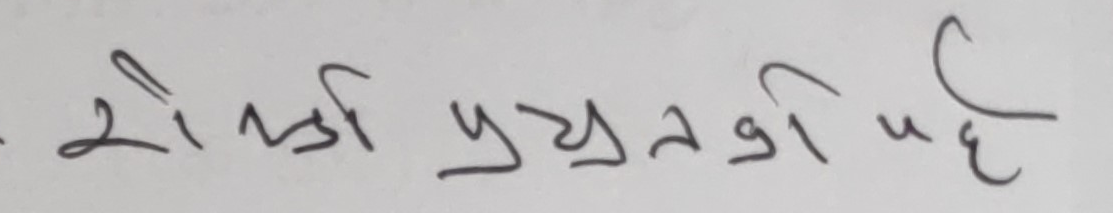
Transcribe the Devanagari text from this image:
रोल्पा प्रयत्नाी पहि